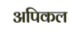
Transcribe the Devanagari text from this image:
अपिकल